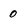
Character: 0